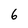
Character: 6